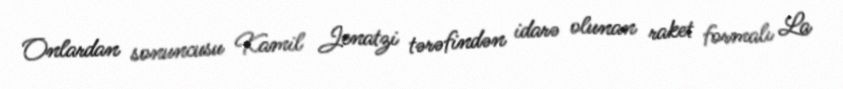
Onlardan sonuncusu Kamil Jenatzi tərəfindən idarə olunan raket formalı La